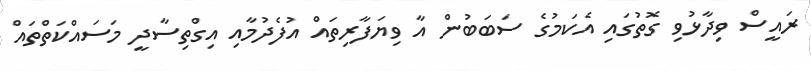
ރައީސް ވިދާޅުވި ގޮތުގައި އެކަމުގެ ސަބަބުން އާ ވިޔަފާރިތައް އުފެދުމާއި އިގްތިސާދީ މަސައްކަތްތައް